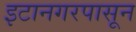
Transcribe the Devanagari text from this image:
इटानगरपासून